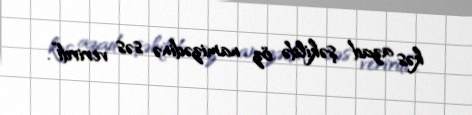
kəs azad şəkildə öz namizədinə səs verirdi”.